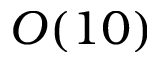
O ( 1 0 )